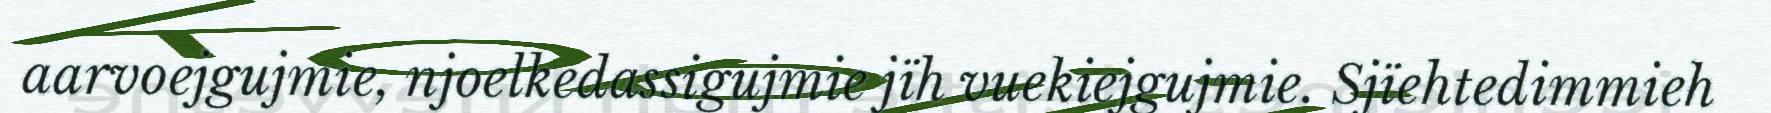
aarvoejgujmie, njoelkedassigujmie jïh vuekiejgujmie. Sjïehtedimmieh